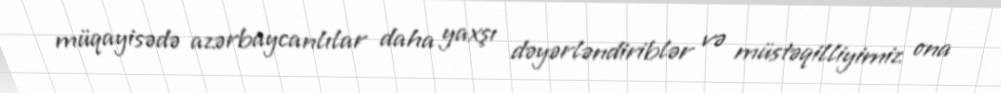
müqayisədə azərbaycanlılar daha yaxşı dəyərləndiriblər və müstəqilliyimiz ona